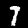
Label: 7